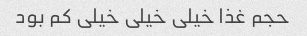
حجم غذا خیلی خیلی خیلی کم بود